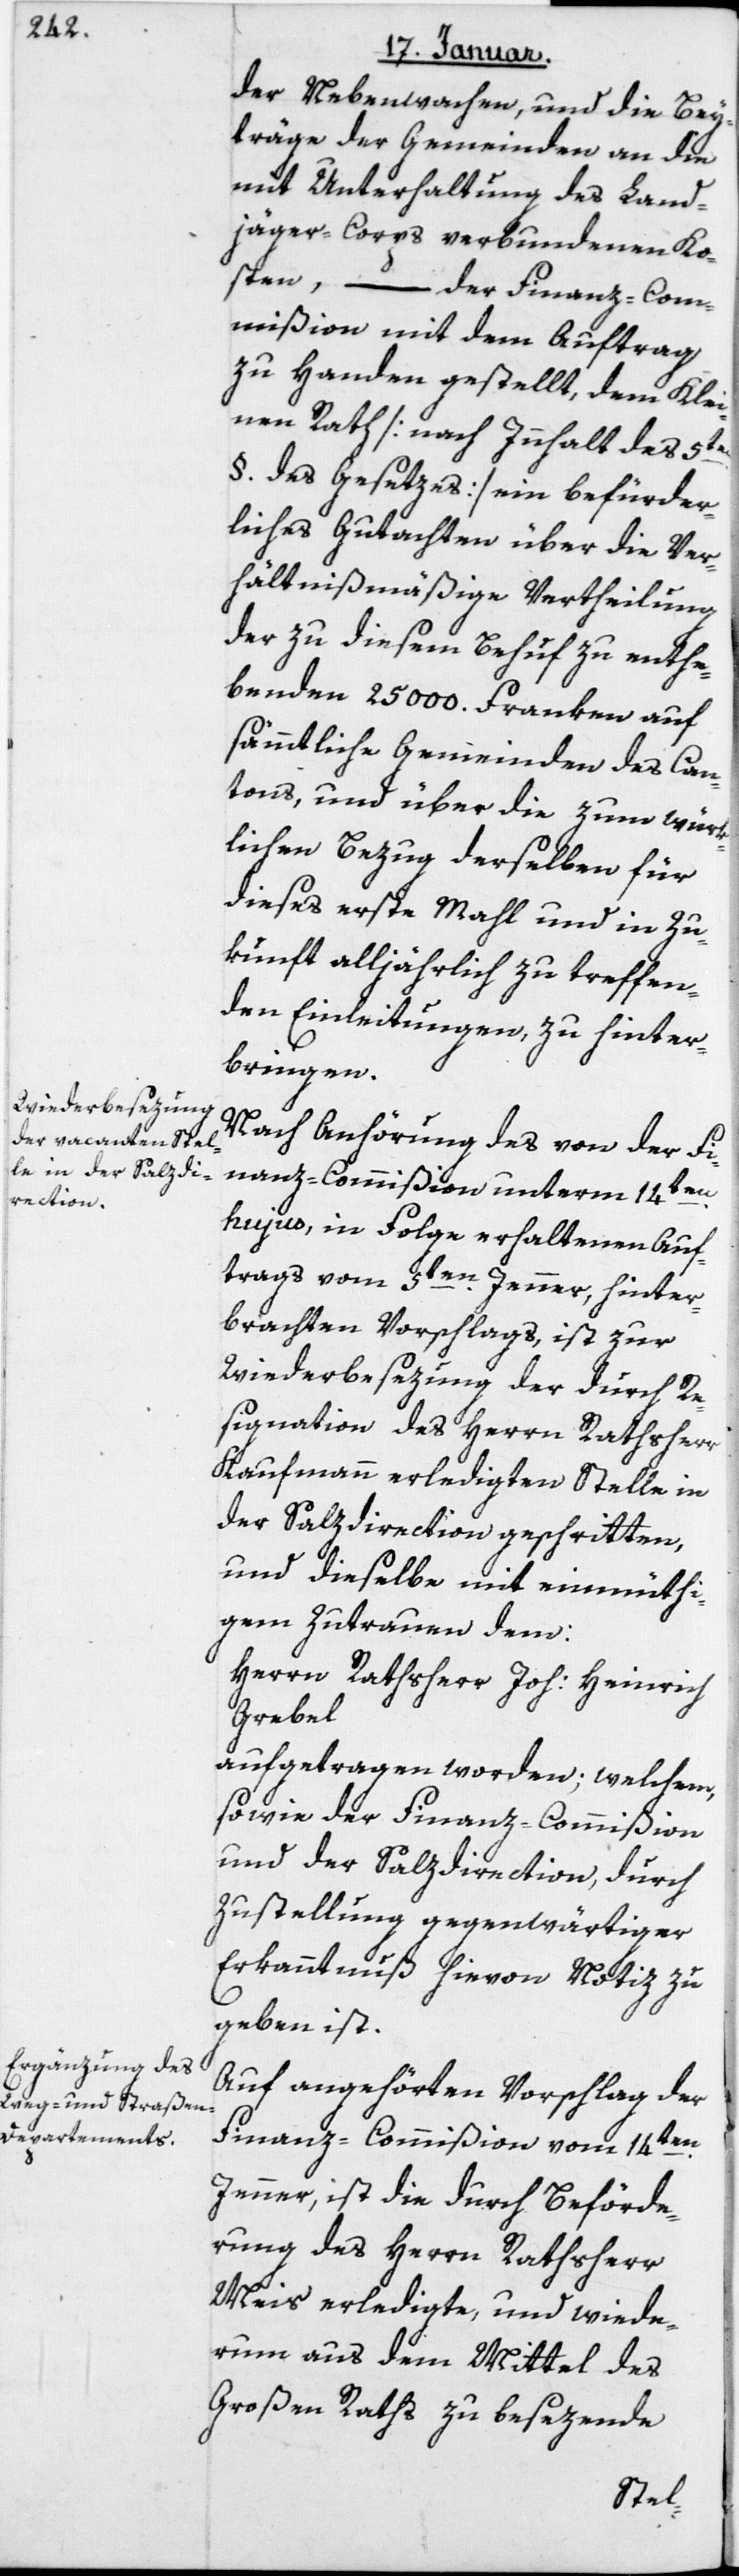
der Nebenwachen, und die Bey¬
träge der Gemeinden an die
mit Unterhaltung des Land¬
jäger-Corps verbundenen Ko¬
sten, – der Finanz-Com¬
mißion mit dem Auftrag
zu Handen gestellt, dem Klei¬
nen Rath (nach Innhalt des 5ten
§ des Gesetzes) ein befürder¬
liches Gutachten über die ver¬
hältnismäßige Vertheilung
der zu diesem Behuf zu enthe¬
benden 25'000 Franken auf
sämtliche Gemeinden des Can¬
tons, und über die zum würk¬
lichen Bezug derselben für
dieses erste Mahl und in Zu¬
kunft alljährlich zu treffen¬
den Einleitungen, zu hinter¬
bringen.
Nach Anhörung des von der Fi¬
nanzcommißion unterm 14ten
hujus, in Folge erhaltenen Auf¬
trags vom 5ten Jenner, hinter¬
brachten Vorschlags, ist zur
Wiederbesezung der durch Re¬
signation des Herrn Rathsherr
Kaufmann erledigten Stelle in
der Salzdirection geschritten,
und dieselbe mit einmüti¬
gem Zutrauen dem
Herrn Rathsherr Joh. Heinrich
Grebel
aufgetragen worden, welchem,
sowie der Finanz-Commißion
und der Salzdirektion, durch
Zustellung gegenwärtiger
Erkanntnuß hievon Notiz zu
geben ist.
Auf angehörten Vorschlag der
Finanz-Commißion vom 14ten
Jenner, ist die durch Beförde¬
rung des Herrn Rathsherr
Meis erledigte, und wiede¬
rum aus dem Mittel des
großen Raths zu besezende